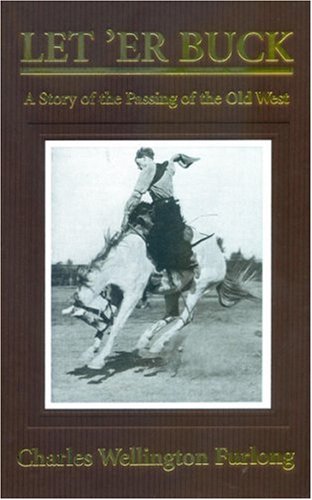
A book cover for Let' er Buck: A Story of the Passing of the Old West; Charles Wellington Furlong; Sports & Outdoors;